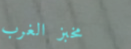
مخبز الغرب